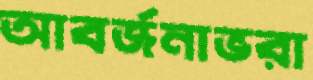
আবর্জনাভরা